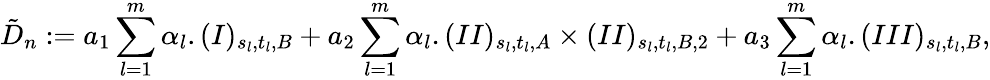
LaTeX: \tilde{D}_{n}:=a_{1}\sum_{l=1}^{m}\alpha_{l}.(I)_{s_{l},t_{l},B}+a_{2}\sum_{l=1}^{m}\alpha_{l}.(II)_{s_{l},t_{l},A}\times(II)_{s_{l},t_{l},B,2}+a_{3}\sum_{l=1}^{m}\alpha_{l}.(III)_{s_{l},t_{l},B},